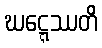
ဃဋ္ဋေဿတိ